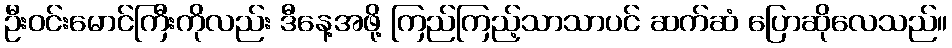
ဦးဝင်းမောင်ကြီးကိုလည်း ဒီနေ့အဖို့ ကြည်ကြည့်သာသာပင် ဆက်ဆံ ပြောဆိုလေသည်။